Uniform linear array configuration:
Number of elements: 4
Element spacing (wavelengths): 0.25
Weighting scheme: cosine
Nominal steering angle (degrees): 45
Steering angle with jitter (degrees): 44.932
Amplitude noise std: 0.05
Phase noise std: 0.05

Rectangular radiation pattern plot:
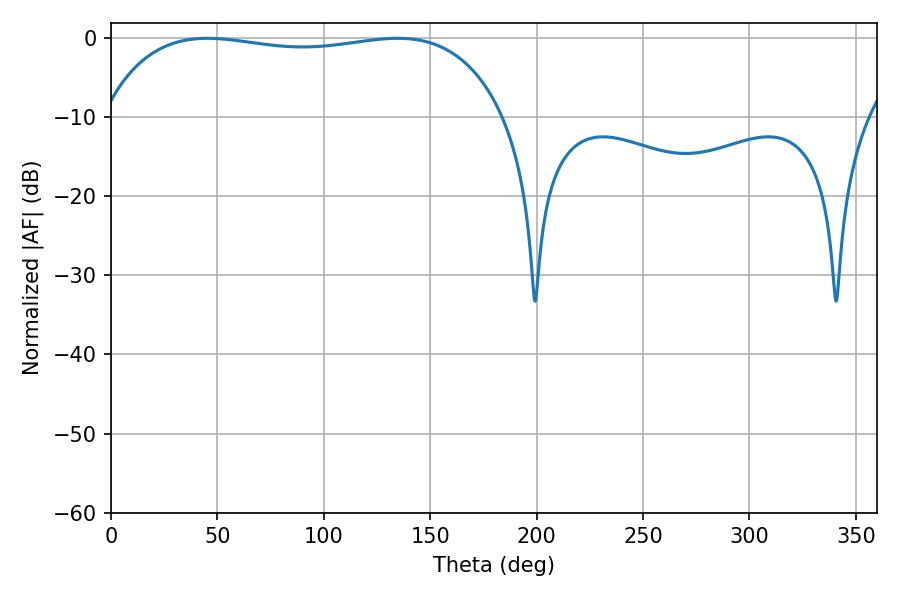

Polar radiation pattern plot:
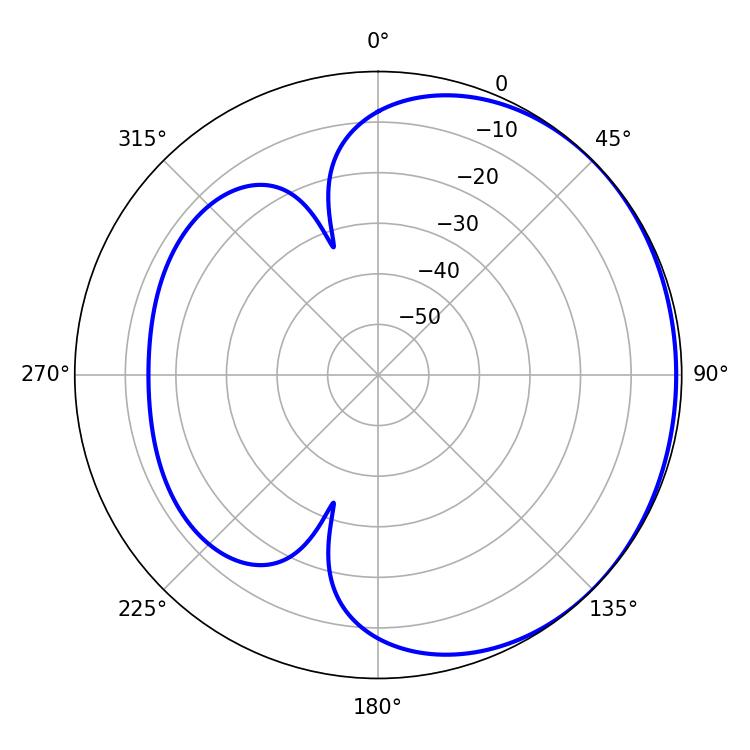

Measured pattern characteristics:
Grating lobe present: FALSE
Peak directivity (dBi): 0.8789
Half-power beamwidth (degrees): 151.92
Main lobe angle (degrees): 45.18